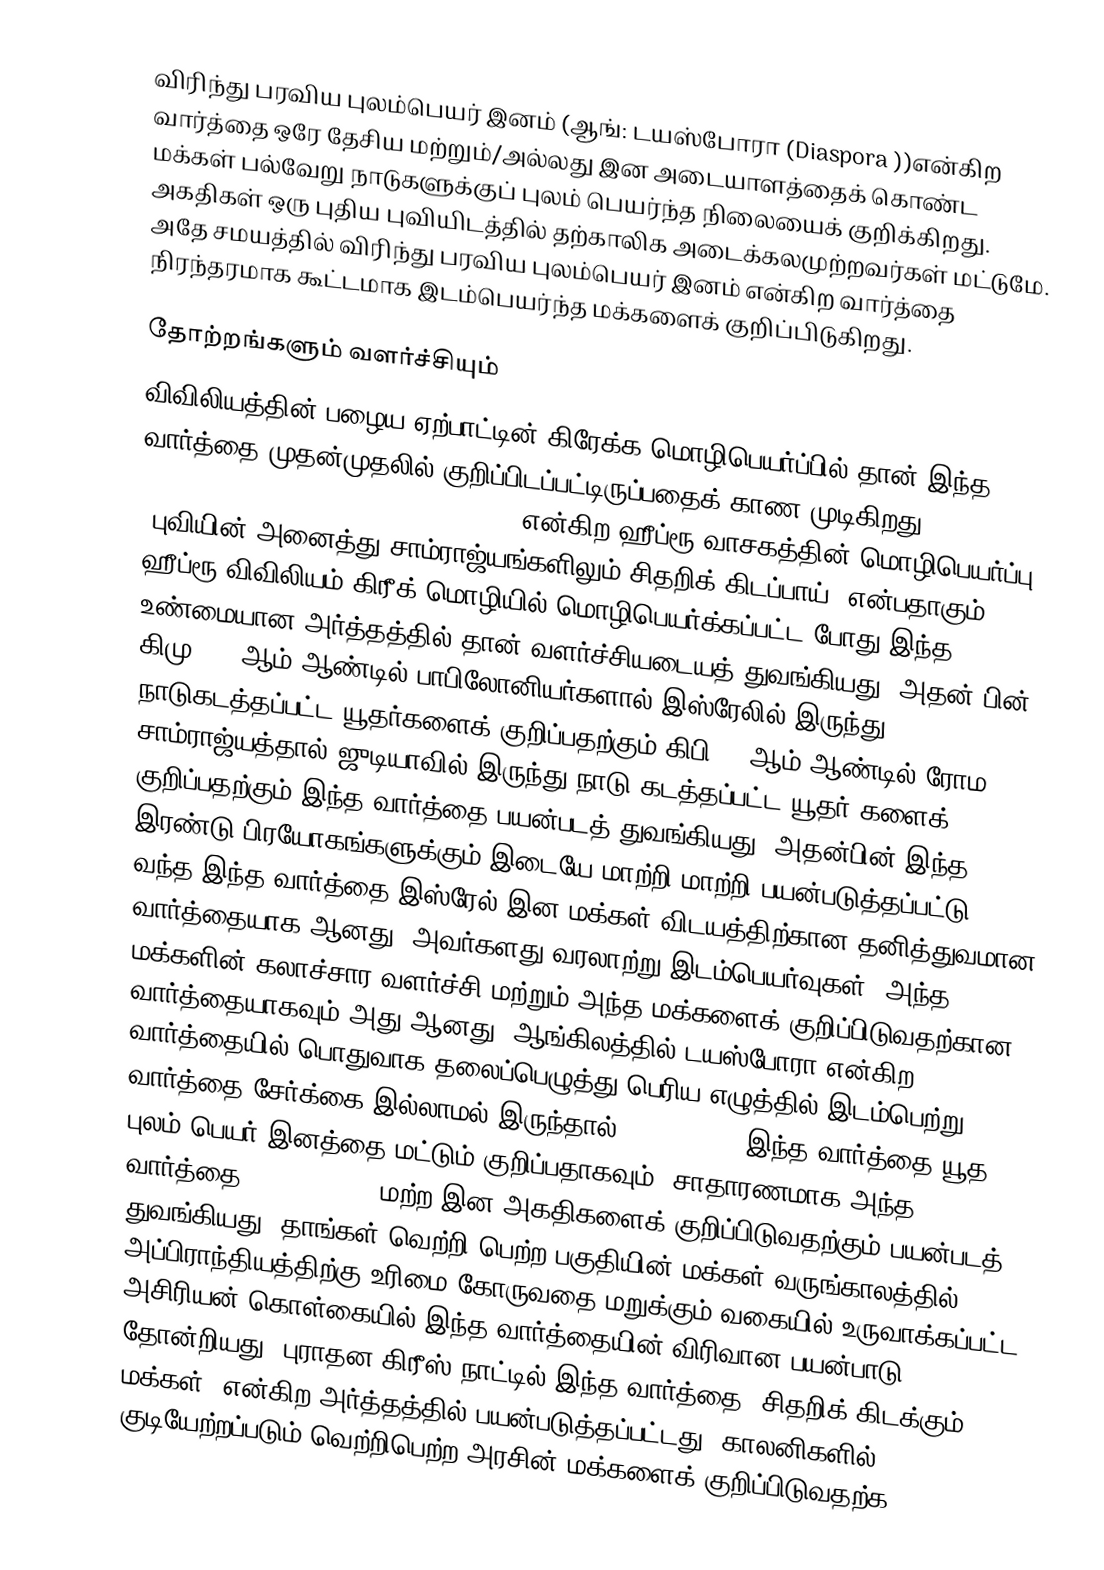
விரிந்து பரவிய புலம்பெயர் இனம்  (ஆங்: டயஸ்போரா (Diaspora ))என்கிற வார்த்தை ஒரே தேசிய மற்றும்/அல்லது இன அடையாளத்தைக் கொண்ட மக்கள் பல்வேறு  நாடுகளுக்குப் புலம் பெயர்ந்த நிலையைக் குறிக்கிறது.  அகதிகள் ஒரு புதிய புவியிடத்தில் தற்காலிக அடைக்கலமுற்றவர்கள் மட்டுமே. அதே சமயத்தில் விரிந்து பரவிய புலம்பெயர் இனம் என்கிற வார்த்தை நிரந்தரமாக கூட்டமாக இடம்பெயர்ந்த மக்களைக் குறிப்பிடுகிறது.

தோற்றங்களும் வளர்ச்சியும்
விவிலியத்தின் பழைய ஏற்பாட்டின் கிரேக்க மொழிபெயர்ப்பில் தான் இந்த வார்த்தை முதன்முதலில் குறிப்பிடப்பட்டிருப்பதைக் காண முடிகிறது. "esē diaspora en pasais basileias tēs gēs" என்கிற ஹீப்ரூ வாசகத்தின் மொழிபெயர்ப்பு “புவியின் அனைத்து சாம்ராஜ்யங்களிலும் சிதறிக் கிடப்பாய்” என்பதாகும்.  ஹீப்ரூ விவிலியம் கிரீக் மொழியில் மொழிபெயர்க்கப்பட்ட போது இந்த உண்மையான அர்த்தத்தில் தான் வளர்ச்சியடையத் துவங்கியது; அதன் பின் கிமு 607 ஆம் ஆண்டில் பாபிலோனியர்களால் இஸ்ரேலில் இருந்து நாடுகடத்தப்பட்ட யூதர்களைக் குறிப்பதற்கும் கிபி 70 ஆம் ஆண்டில் ரோம சாம்ராஜ்யத்தால் ஜுடியாவில் இருந்து நாடு கடத்தப்பட்ட யூதர் களைக் குறிப்பதற்கும் இந்த வார்த்தை பயன்படத் துவங்கியது.  அதன்பின் இந்த இரண்டு பிரயோகங்களுக்கும் இடையே மாற்றி மாற்றி பயன்படுத்தப்பட்டு வந்த இந்த வார்த்தை இஸ்ரேல் இன மக்கள் விடயத்திற்கான தனித்துவமான வார்த்தையாக ஆனது. அவர்களது வரலாற்று இடம்பெயர்வுகள், அந்த மக்களின் கலாச்சார வளர்ச்சி மற்றும் அந்த மக்களைக் குறிப்பிடுவதற்கான வார்த்தையாகவும் அது ஆனது.  ஆங்கிலத்தில் டயஸ்போரா என்கிற வார்த்தையில் பொதுவாக தலைப்பெழுத்து பெரிய எழுத்தில் இடம்பெற்று வார்த்தை சேர்க்கை இல்லாமல் இருந்தால் (Diaspora ) இந்த வார்த்தை யூத புலம் பெயர் இனத்தை மட்டும் குறிப்பதாகவும், சாதாரணமாக அந்த வார்த்தை ("diaspora") மற்ற இன அகதிகளைக் குறிப்பிடுவதற்கும் பயன்படத் துவங்கியது.  தாங்கள் வெற்றி பெற்ற பகுதியின் மக்கள் வருங்காலத்தில் அப்பிராந்தியத்திற்கு உரிமை கோருவதை மறுக்கும் வகையில் உருவாக்கப்பட்ட அசிரியன் கொள்கையில் இந்த வார்த்தையின் விரிவான பயன்பாடு தோன்றியது.  புராதன கிரீஸ் நாட்டில் இந்த வார்த்தை ”சிதறிக் கிடக்கும் மக்கள்” என்கிற அர்த்தத்தில் பயன்படுத்தப்பட்டது. காலனிகளில் குடியேற்றப்படும் வெற்றிபெற்ற அரசின் மக்களைக் குறிப்பிடுவதற்க